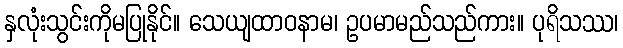
နှလုံးသွင်းကိုမပြုနိုင်။ သေယျထာဝနာမ၊ ဥပမာမည်သည်ကား။ ပုရိသဿ၊